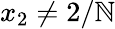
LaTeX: x_{2}\neq2/\mathbb{N}